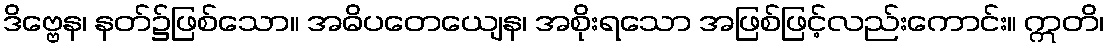
ဒိဗ္ဗေန၊ နတ်၌ဖြစ်သော။ အဓိပတေယျေန၊ အစိုးရသော အဖြစ်ဖြင့်လည်းကောင်း။ ဣတိ၊